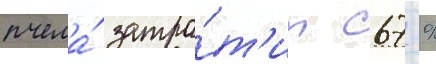
пчела́ затра́т'ит 67 %